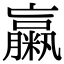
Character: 䊨